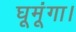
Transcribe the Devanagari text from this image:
घूमूंगा।